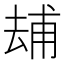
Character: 𠬃